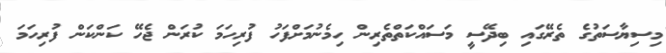
މިސިޔާސަތުގެ ތެރޭގައި ބިދޭސީ މަސައްކަތްތެރިން ހިމެނުމަށްފަހު ފުރިހަމަ ކުރަން ޖެހޭ ކަންކަން ފުރިހަމަ